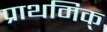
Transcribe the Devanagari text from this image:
प्राथमिक्